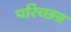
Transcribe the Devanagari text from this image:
परिच्छन्न